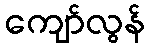
ကျော်လွန်